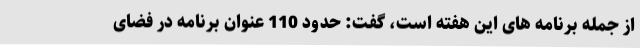
از جمله برنامه های این هفته است، گفت: حدود 110 عنوان برنامه در فضای